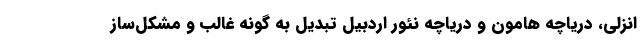
انزلی، دریاچه هامون و دریاچه نئور اردبیل تبدیل به گونه غالب و مشکل‌ساز